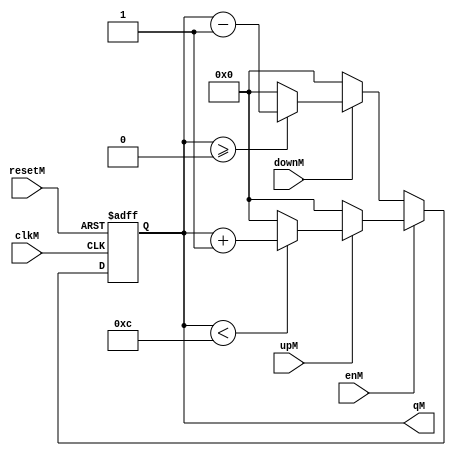
`timescale 1ns / 1ps
//////////////////////////////////////////////////////////////////////////////////
// Company: 
// Engineer: 
// 
// Design Name: 
// Module Name:    count_mes 
// Project Name: 
// Target Devices: 
// Tool versions: 
// Description: 
//
// Dependencies: 
//
// Revision: 
// Revision 0.01 - File Created
// Additional Comments: 
//
//////////////////////////////////////////////////////////////////////////////////
module count_mes(
   input wire clkM,
		input wire resetM,
		input wire enM,
		input wire upM,
		input wire downM,
		output wire [3:0] qM
		
    );

//Signal Declarations
reg [3:0]q_actM, q_nextM;


//Body of "state" registers
always@(posedge clkM,posedge resetM)
	if(resetM)
		q_actM <= 4'b0;
	else
		q_actM <= q_nextM;
		
always@*
begin
	if(enM)
	begin
				if(upM) 
					begin
						if(qM < 4'd12) 
						begin
							q_nextM = q_actM + 4'b1;
						end
						else 
							q_nextM=0;		
					end
					else 
					q_nextM = 4'b0;
				end
					
				else if(downM)
				begin
						if (qM >= 4'b0) begin				
								q_nextM = q_actM- 4'sb1;
						end
						else 
							q_nextM=0;		
				end
				else 
						q_nextM = 0;
	end
	

//Output Logic
assign qM = q_actM;
 
endmodule